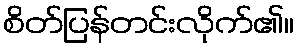
စိတ်ပြန်တင်းလိုက်၏။